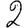
Digit: 2